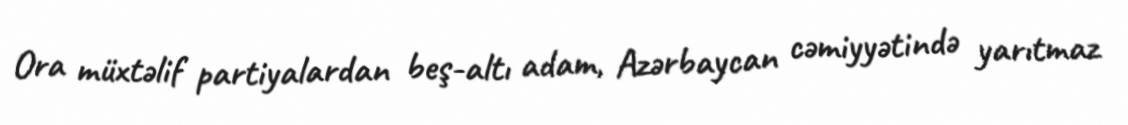
Ora müxtəlif partiyalardan beş-altı adam, Azərbaycan cəmiyyətində yarıtmaz